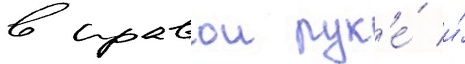
в правои рук'е́ и́